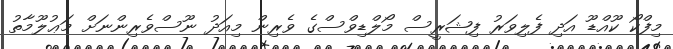
މިފްކޯ ކޫއްޑޫ އަދި ފެލިވަރު ފިޝަރީސް މޯލްޑިވްސްގެ ވެރިން މިއަދު ނޫސްވެރިންނަށް މަޢުލޫމާތު